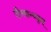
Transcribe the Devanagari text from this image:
दीखान्थ्युम्